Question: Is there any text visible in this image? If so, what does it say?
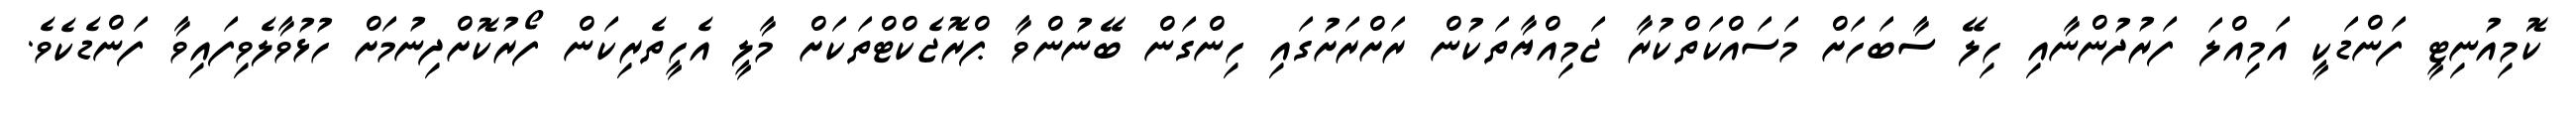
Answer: ކޮމިއުނިޓީ ފަންޑަކީ އަމިއްލަ ފަރުދުންނާއި ހިލޭ ސާބަހަށް މަސައްކަތްކުރާ ޖަމިއްޔާތަކުން ރަށްރަށުގައި ހިންގަން ބޭނުންވާ ޕްރޮޖެކްޓްތަކަށް މާލީ އެހީތެރިކަން ފޯރުކޮށްދިނުމަށް ހުޅުވާލެވިފައިވާ ފަންޑެކެވެ.